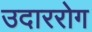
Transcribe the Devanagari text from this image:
उदाररोग